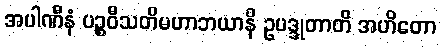
အပါဏီနံ ပဉ္စဝီသတိမဟာဘယာနိ ဥပဒ္ဒုတာတိ အဟိတော